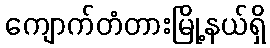
ကျောက်တံတားမြို့နယ်ရှိ